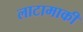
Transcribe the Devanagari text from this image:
लाटामाकी